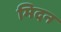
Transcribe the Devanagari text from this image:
मिदन